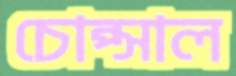
চোপ্‌সাল